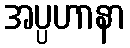
အပ္ပဟာနာ